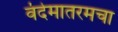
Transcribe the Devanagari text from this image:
वंदेमातरमचा